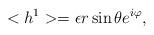
\begin{align*}<h^{1}>=\epsilon r\sin \theta e^{i\varphi }, \end{align*}